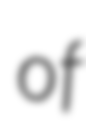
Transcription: of